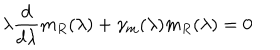
\lambda \frac d { d \lambda } m _ { R } ( \lambda ) + \gamma _ { m } ( \lambda ) m _ { R } ( \lambda ) = 0